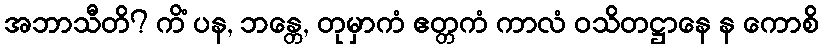
အဘာသီတိ? ကိံ ပန, ဘန္တေ, တုမှာကံ ဧတ္တကံ ကာလံ ဝသိတဋ္ဌာနေ န ကောစိ